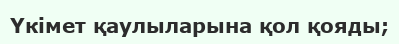
Үкімет қаулыларына қол қояды;